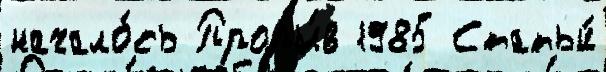
начало́сь Проры́в 1985 Статьи́